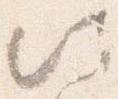
此